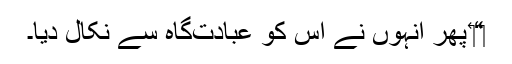
‏“‏ پھر اُنہوں نے اُس کو عبادت‌گاہ سے نکال دیا۔